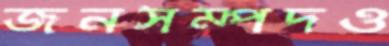
জনসম্পদও